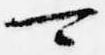
可